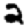
Digit: 2